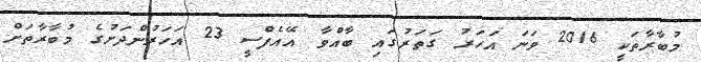
މުބާރާތަކީ 2016 ވަނަ އަހަރު ގަތަރުގައި ބާއްވާ އޭއެފްސީ 23 އަހަރުންދަށުގެ މުބާރާތަށް